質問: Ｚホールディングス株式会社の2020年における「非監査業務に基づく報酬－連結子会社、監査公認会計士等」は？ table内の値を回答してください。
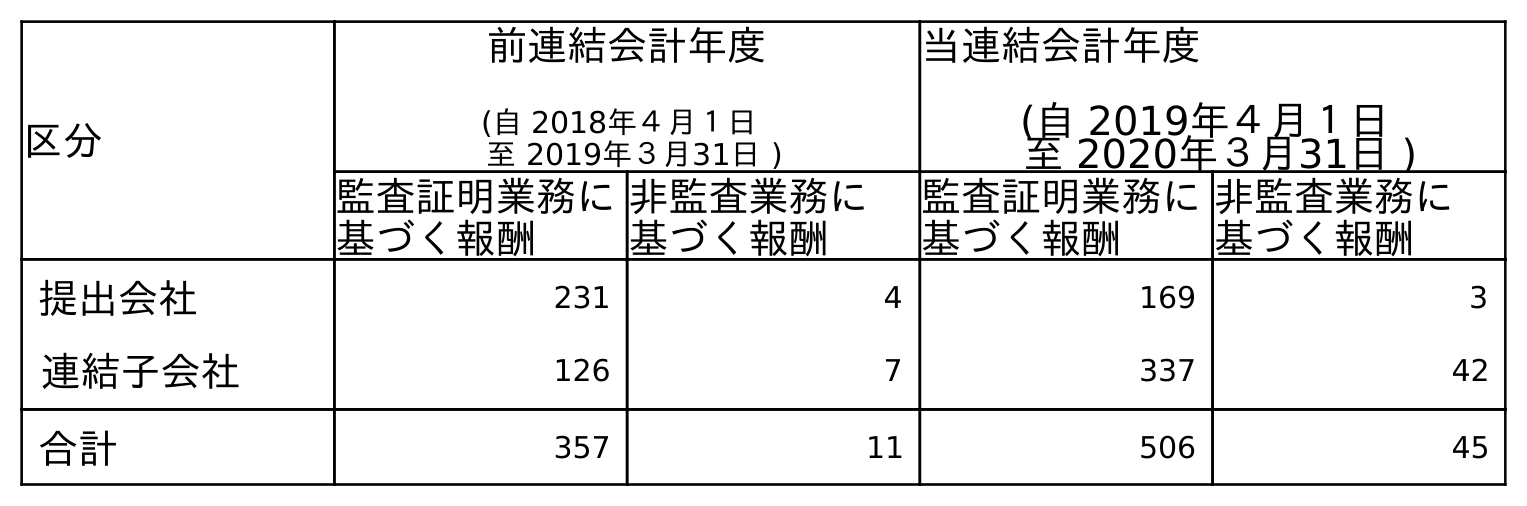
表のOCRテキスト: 区分 前連結会計年度 (自 2018年４月１日 至 2019年３月31日 ) 当連結会計年度 (自 2019年４月１日 至 2020年３月31日 ) 監査証明業務に 基づく報酬 非監査業務に 基づく報酬 監査証明業務に 基づく報酬 非監査業務に 基づく報酬 提出会社 231 4 169 3 連結子会社 126 7 337 42 合計 357 11 506 45
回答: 42